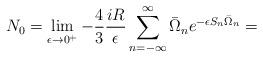
LaTeX: \begin{align*}N_0 = \lim_{\epsilon \rightarrow 0^+} - \frac43 \frac{i R}{\epsilon}\sum_{n=-\infty}^{\infty} \bar{\Omega}_n e^{- \epsilon S_n\bar{\Omega}_n} =\end{align*}